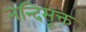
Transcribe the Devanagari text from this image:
नन्दिसूक्त